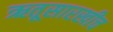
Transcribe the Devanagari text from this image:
ऋतूसारखीच